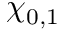
\chi _ { 0 , 1 }